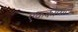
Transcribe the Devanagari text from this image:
एककोंवाले